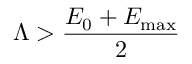
\Lambda > \frac { E _ { 0 } + E _ { \mathrm { m a x } } } { 2 }